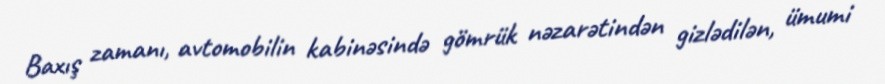
Baxış zamanı, avtomobilin kabinəsində gömrük nəzarətindən gizlədilən, ümumi